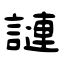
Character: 謰